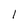
Character: 1